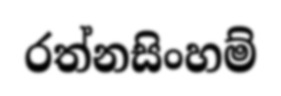
රත්නසිංහම්